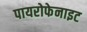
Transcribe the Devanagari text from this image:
पायरोफेनाइट